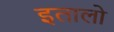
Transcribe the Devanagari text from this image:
इतालो